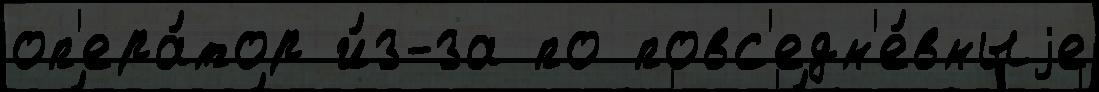
оп'ера́тор и́з-за по повс'едн'е́вныjе